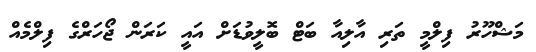
މަޝްހޫރު ފިލްމީ ތަރި އާލިއާ ބަޓް ބޮލީވުޑަށް އައީ ކަރަން ޖޯހަރްގެ ފިލްމެއް